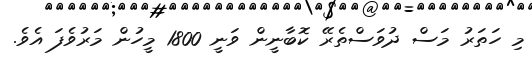
މި ހަތަރު މަސް ދުވަސްތެރޭ ކޮބާނީން ވަނީ 1800 މީހުން މަރުވެފަ އެވެ.